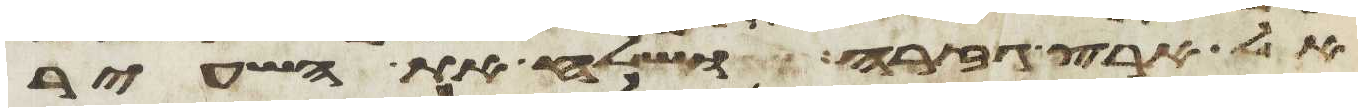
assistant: אל ארץ גזרה ושלח את השעיר